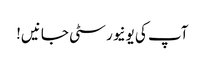
آپ کی یونیورسٹی جانیں!